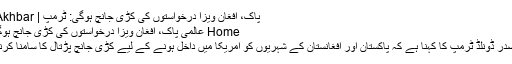
پاک، افغان ویزا درخواستوں کی کڑی جانچ ہوگی: ٹرمپ | Aalmi Akhbar
Home عالمی پاک، افغان ویزا درخواستوں کی کڑی جانچ ہوگی: ٹرمپ
امریکی صدر ڈونلڈ ٹرمپ کا کہنا ہے کہ پاکستان اور افغانستان کے شہریوں کو امریکا میں داخل ہونے کے لیے کڑی جانچ پڑتال کا سامنا کرنا پڑے گا۔